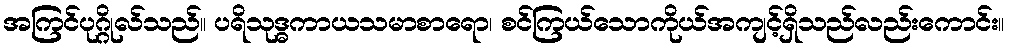
အကြင်ပုဂ္ဂိုလ်သည်။ ပရိသုဒ္ဓကာယသမာစာရော၊ စင်ကြယ်သောကိုယ်အကျင့်ရှိသည်လည်းကောင်း။